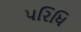
પરિધિ